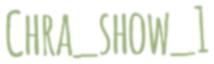
Chra_show_1